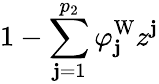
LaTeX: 1-\sum_{\mathbf{j}=1}^{p_{2}}\varphi_{\mathbf{j}}^{\mathrm{{W}}}z^{\mathbf{j}}